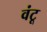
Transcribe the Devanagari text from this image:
वंटू